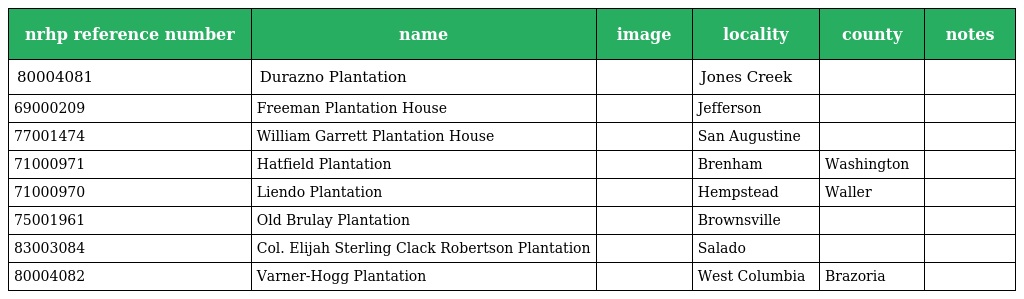
| nrhp reference number | name | image | locality | county | notes |
 | --- | --- | --- | --- | --- | --- |
 | 80004081 | Durazno Plantation |  | Jones Creek |  |  |
 | 69000209 | Freeman Plantation House |  | Jefferson |  |  |
 | 77001474 | William Garrett Plantation House |  | San Augustine |  |  |
 | 71000971 | Hatfield Plantation |  | Brenham | Washington |  |
 | 71000970 | Liendo Plantation |  | Hempstead | Waller |  |
 | 75001961 | Old Brulay Plantation |  | Brownsville |  |  |
 | 83003084 | Col. Elijah Sterling Clack Robertson Plantation |  | Salado |  |  |
 | 80004082 | Varner-Hogg Plantation |  | West Columbia | Brazoria |  |